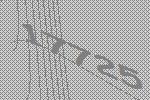
17725